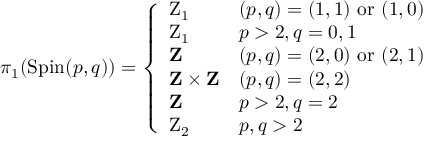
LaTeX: \pi _ { 1 } ( { \mathrm { S p i n } } ( p , q ) ) = { \left\{ \begin{array} { l l } { \mathrm { Z } _ { 1 } } & { ( p , q ) = ( 1 , 1 ) { \mathrm { ~ o r ~ } } ( 1 , 0 ) } \\ { \mathrm { Z } _ { 1 } } & { p > 2 , q = 0 , 1 } \\ { \mathbf { Z } } & { ( p , q ) = ( 2 , 0 ) { \mathrm { ~ o r ~ } } ( 2 , 1 ) } \\ { \mathbf { Z } \times \mathbf { Z } } & { ( p , q ) = ( 2 , 2 ) } \\ { \mathbf { Z } } & { p > 2 , q = 2 } \\ { \mathrm { Z } _ { 2 } } & { p , q > 2 } \end{array} \right. }